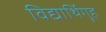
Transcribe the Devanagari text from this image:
विद्यार्थिगॄह